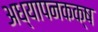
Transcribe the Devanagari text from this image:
अध्यापनकक्ष